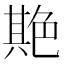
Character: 𦫡